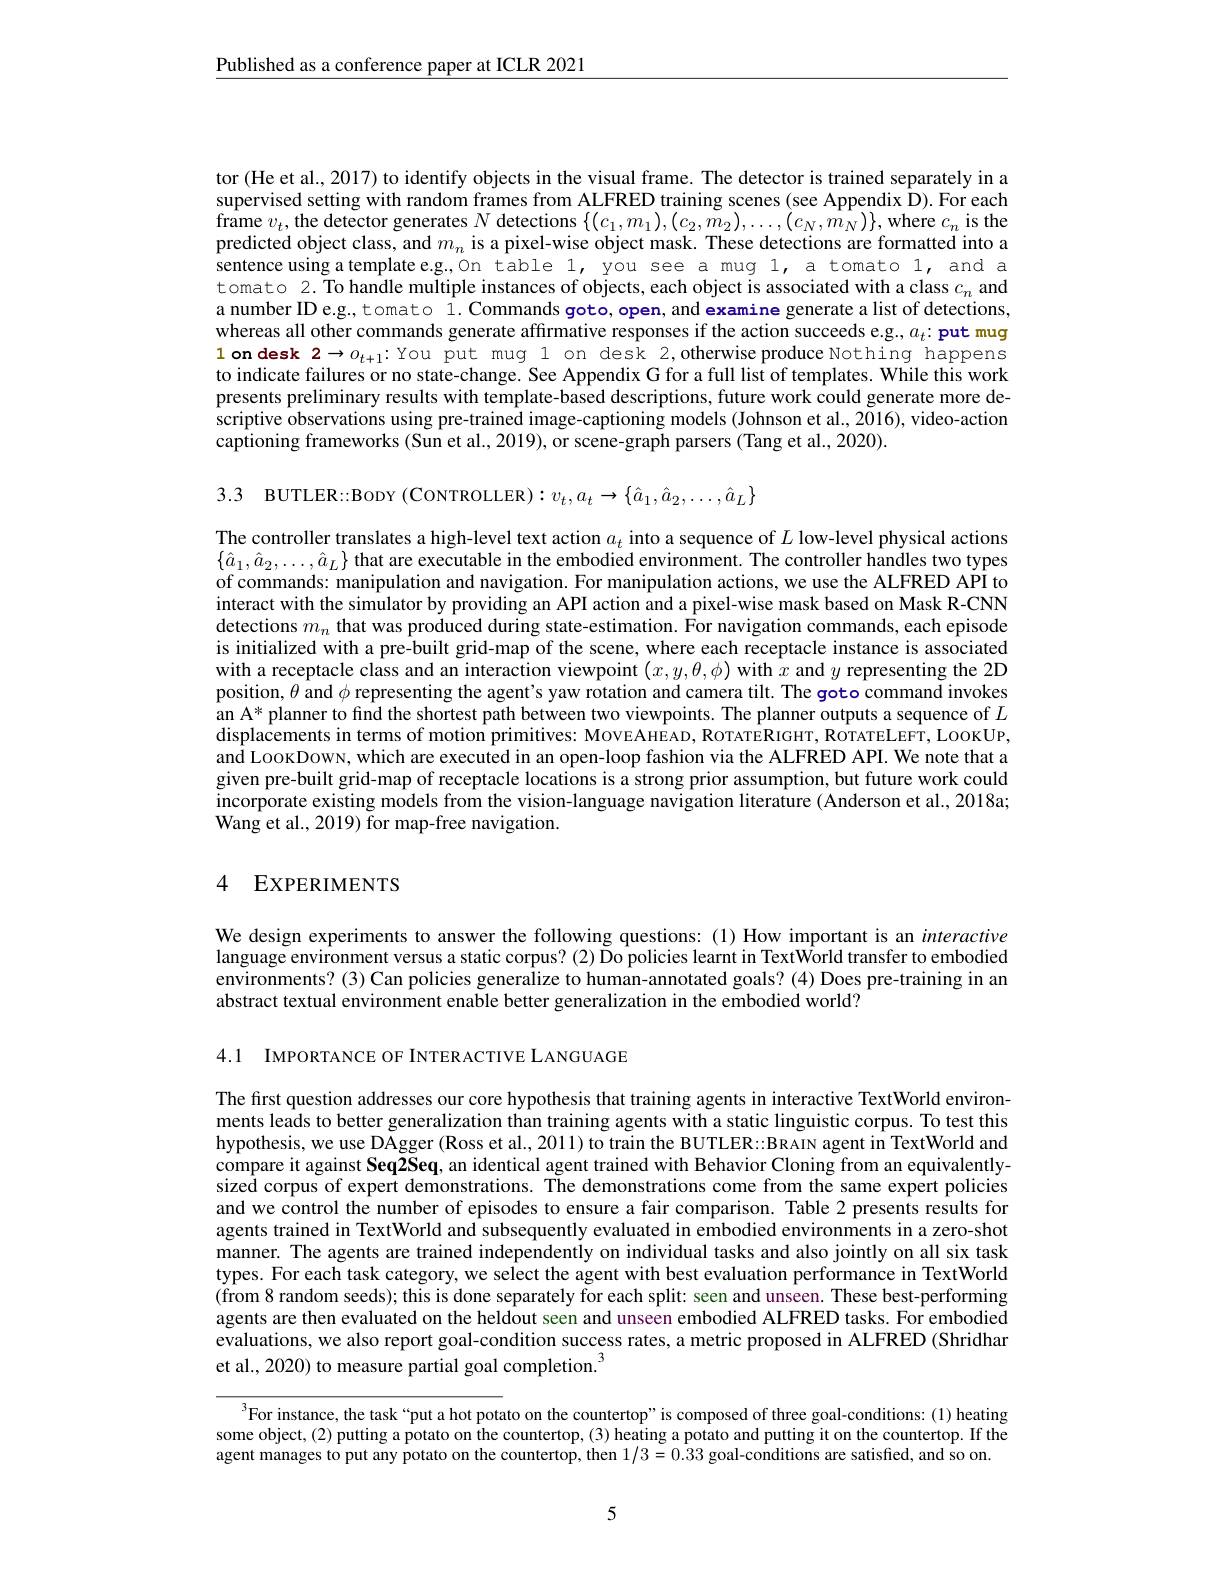
$\underline{\text{Published as a conference paper at ICLR 2021}}$

tor (He et al., 2017) to identify objects in the visual frame. The detector is trained separately in a supervised setting with random frames from ALFRED training scenes (see Appendix D). For each $\hat{\text{frame }v}_{t},\tilde{\text{the detector generates }N}$ detections $\{(c_1,m_1),(c_2,\tilde{m}_2),\ldots,(c_N,\tilde{m}_N)\}$,where $c_n$ is the predicted object class, and $m_n$ is a pixel-wise object mask. These detections are formatted into a sentence using a template e.g.,On table 1, you see a mug 1, a tomato 1, and a tomato 2. To handle multiple instances of objects, each object is associated with a class $c_n$ and a number ID e.g., tomato 1. Commands goto, open, and examine generate a list of detections, whereas all other commands generate affirmative responses if the action succeeds e.g., $a_t: \textbf{put mug}$ 1ondesk $2\to o_t+1:$You put mug l on desk 2,otherwise produce Nothing happens to indicate failures or no state-change. See Appendix G for a full list of templates. While this work presents preliminary results with template-based descriptions, future work could generate more descriptive observations using pre-trained image-captioning models (Johnson et al., 2016), video-action captioning frameworks (Sun et al., 2019), or scene-graph parsers (Tang et al., 2020).

The controller translates a high-level text action $a_t$ into a sequence of $L$ low-level physical actions $\{\hat{a}_{1},\hat{a}_{2},\ldots,\hat{a}_{L}\}$ that are executable in the embodied environment. The controller handles two types of commands: manipulation and navigation. For manipulation actions, we use the ALFRED API to interact with the simulator by providing an API action and a pixel-wise mask based on Mask R-CNN detections $m_n$ that was produced during state-estimation. For navigation commands, each episode is initialized with a pre-built grid-map of the scene, where each receptacle instance is associated with a receptacle class and an interaction viewpoint $(x,y,\theta,\phi)$ with $x$ and $y$ representing the 2D position, $\theta$ and $\phi$ representing the agent's yaw rotation and camera tilt. The goto command invokes an A* planner to find the shortest path between two viewpoints. The planner outputs a sequence of $L$ $\hat{\text{displacements in terms of motion primitives: MoveAHEAD, ROTATERIGHT, ROTATELEFT, LOOKUP,}}$ and LoocDowv, which are executed in an open-loop fashion via the ALFRED API. We note that a given pre-built grid-map of receptacle locations is a strong prior assumption, but future work could incorporate existing models from the vision-language navigation literature (Anderson et al., 2018a; Wang et al., 2019) for map-free navigation.

### 4 EXPERIMENTS

We design experiments to answer the following questions: (1) How important is an interactive language environment versus a static corpus? (2) Õo policies learnt in TextWorld transfer to embodied environments? (3) Can policies generalize to human-annotated goals? (4) Does pre-training in an abstract textual environment enable better generalization in the embodied world?

4.1 IMPORTANCE OF INTER ACTIVE LANGUAGE

The first question addresses our core hypothesis that training agents in interactive TextWorld environments leads to better generalization than training agents with a static linguistic corpus. To test this hypothesis, we use DAgger (Ross et al., 2011) to train the BUTLER:: BRAIN agent in TextWorld and compare it against Seq2Seq, an identical agent trained with Behavior Cloning from an equivalentlysized corpus of expert demonstrations. The demonstrations come from the same expert policies and we control the number of episodes to ensure a fair comparison. Table 2 presents results for agents trained in TextWorld and subsequently evaluated in embodied environments in a zero-shot manner. The agents are trained independently on individual tasks and also jointly on all six task types. For each task category, we select the agent with best evaluation performance in TextWorld (from 8 random seeds); this is done separately for each split: seen and unseen. These best-performing agents are then evaluated on the heldout seen and unseen embodied ALFRED tasks. For embodied evaluations, we also report goal-condition success rates, a metric proposed in ALFRED (Shridhar et al., 2020) to measure partial goal completion.$^{3}$

$^{3}$For instance, the task“put a hot potato on the countertop”is composed of three goal-conditions:(1) heating some object, (2) putting a potato on the countertop, (3) heating a potato and putting it on the countertop. If the agent manages to put any potato on the countertop, then 1/3=0.33 goal-conditions are satisfied, and so on.

5